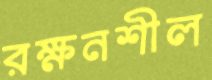
রক্ষনশীল